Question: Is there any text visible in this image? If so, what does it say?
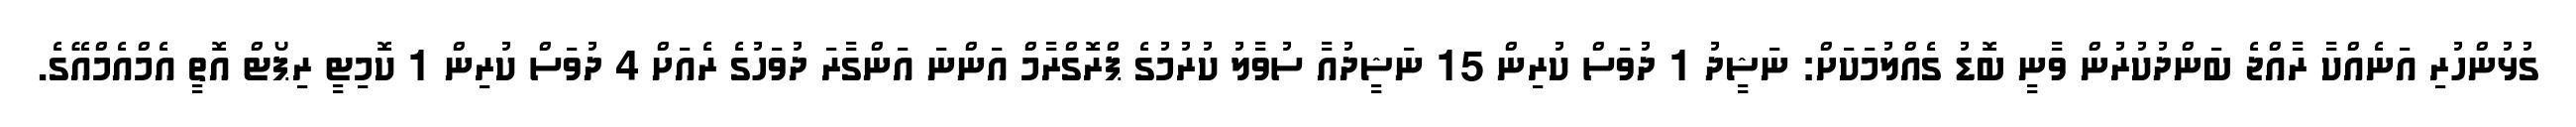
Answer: ގުޅުންހުރި އަނެއްކާ ރާއްޖެ ބަންދުކުރުން ވާނީ ބޮޑު ގެއްލުމަކަށް: ނަޝީދު 1 ދުވަސް ކުރިން 15 ނަޝީދުއާ ސުވާލު ކުރުމުގެ ޕްރޮގްރާމް އަންނަ އަންގާރަ ދުވަހުގެ ރެއަށް 4 ދުވަސް ކުރިން 1 ކޮމިޓީ ރިޕޯޓް އޮތީ އެމްއެމްއޭގެ.